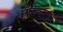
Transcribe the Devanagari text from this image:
ऍकेबार